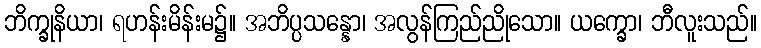
ဘိက္ခုနိယာ၊ ရဟန်းမိန်းမ၌။ အဘိပ္ပသန္နော၊ အလွန်ကြည်ညိုသော။ ယက္ခော၊ ဘီလူးသည်။